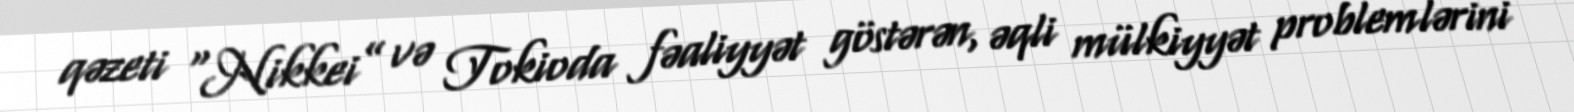
qəzeti “Nikkei” və Tokioda fəaliyyət göstərən, əqli mülkiyyət problemlərini